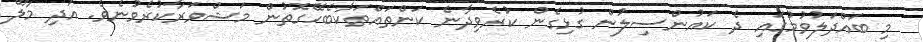
މި ބައްދަލުވުމުގައި ދެ ކައުންސިލުން ގުޅިގެން ކުރެވިދާނެ ކަންތައްތަކާބެހޭގޮތުން މަޝްވަރާކުރެވުނެވެ. އަދި މާލޭ